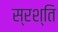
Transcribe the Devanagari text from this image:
स्रश्ति